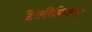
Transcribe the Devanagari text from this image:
टेलीफ़िल्म